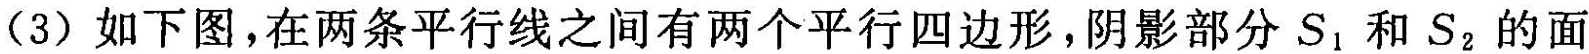
(3)如下图，在两条平行线之间有两个平行四边形，阴影部分S_{1}和S_{2}的面